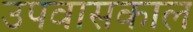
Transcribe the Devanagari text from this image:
उपवासकाल